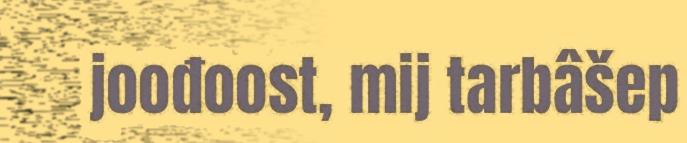
joođoost, mij tarbâšep